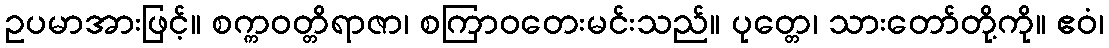
ဥပမာအားဖြင့်။ စက္ကဝတ္တိရာဇာ၊ စကြာဝတေးမင်းသည်။ ပုတ္တေ၊ သားတော်တို့ကို။ ဧဝံ၊